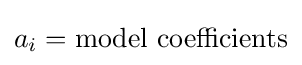
a_{i}={\text{model coefficients}}